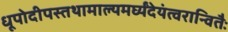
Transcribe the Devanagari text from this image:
धूपोदीपस्तथामाल्यमर्घ्यंदेयंत्वरान्वितैः